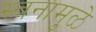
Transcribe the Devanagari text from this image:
स्वनामुळे